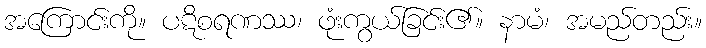
အကြောင်းကို။ ပဋိစရဏဿ၊ ဖုံးကွယ်ခြင်း၏။ နာမံ၊ အမည်တည်း။